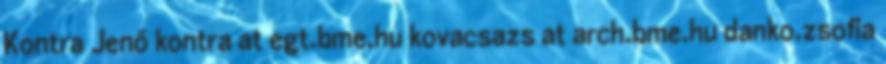
Kontra Jenő kontra at egt.bme.hu kovacsazs at arch.bme.hu danko.zsofia